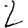
Digit: 2